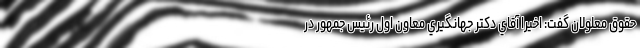
حقوق معلولان گفت: اخيرا آقاي دكتر جهانگيري معاون اول رئيس جمهور در